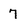
Character: 7